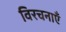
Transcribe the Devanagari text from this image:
विरचनाएँ